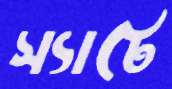
স্যাটে